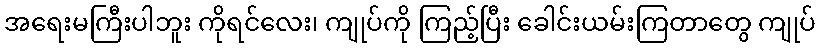
အရေးမကြီးပါဘူး ကိုရင်လေး၊ ကျုပ်ကို ကြည့်ပြီး ခေါင်းယမ်းကြတာတွေ ကျုပ်